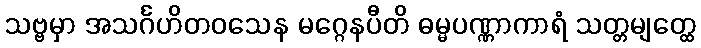
သဗ္ဗမှာ အသင်္ဂဟိတဝသေန မဂ္ဂေနပီတိ ဓမ္မပဏ္ဏာကာရံ သတ္တမျတ္ထေ